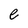
Character: e